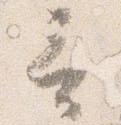
言